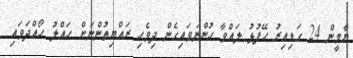
ޔާމީން 24 ގަޑިއިރު ހޭފުޅު ލައްވާ ހުންނަވައިގެން ދިވެހި ރައްޔިތުންނަށް ހައްލު ހޯއްދަވައި